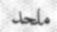
ملحد